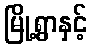
မြို့ရွာနှင့်